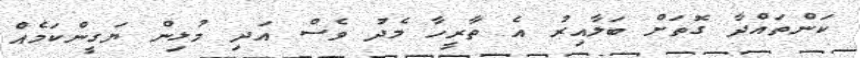
ކަންތައްދާ ގޮތަށް ބަލާއިރު އެ ތާރީހާ މެދު ވެސް އަދި މުޅިން ޔަގީންކަމެއް